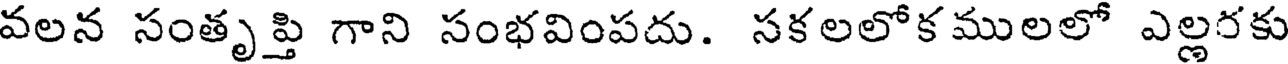
వలన సంతృప్తి గాని సంభవింపదు. సకలలోక ములలో ఎల్లరకు